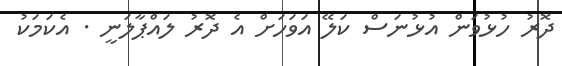
ދޮރު ހުޅުވަން އުޅުނަސް ކަލޭ އަވަހަށް އެ ދޮރު ލައްޕާލަނީ . އެކަމަކު